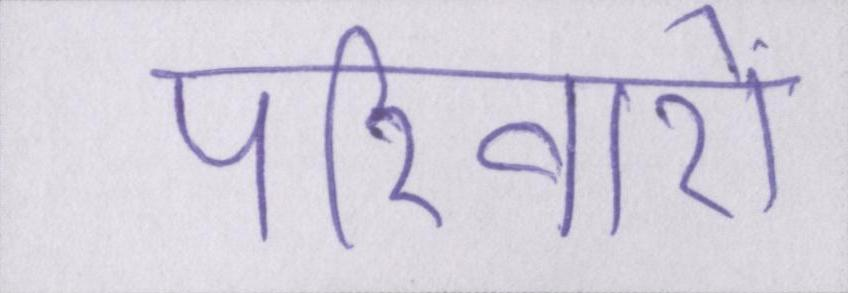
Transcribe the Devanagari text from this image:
परिवारों